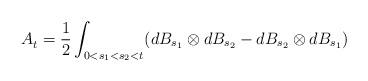
LaTeX: \begin{align*}A_t^{} = \frac{1}{2} \int_{0<s_1<s_2<t} (dB_{s_1} \otimes dB_{s_2} - dB_{s_2}\otimes dB_{s_1})\end{align*}